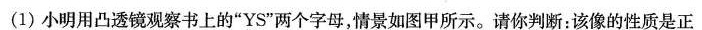
(1)小明用凸透镜观察书上的”YS”两个字母，情景如图甲所示。请你判断：该像的性质是正